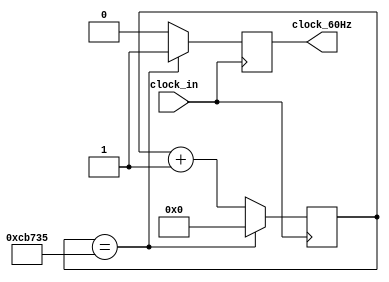
module clock_60Hz #(parameter CLOCK_FREQUENCY = 50000000) (input clock_in, output reg clock_60Hz);
	reg [$clog2(CLOCK_FREQUENCY)-1:0] counter;
	localparam flag0 = 0 * 833333;   // 0 * 833333.3
	localparam flag1 = 1 * 833333;   // 1 * 833333.3
	localparam flag2 = 2 * 833333;   // 2 * 833333.3
	localparam flag3 = 3 * 833333+1; // 3 * 833333.3
	localparam flag4 = 4 * 833333+1; // 4 * 833333.3
	localparam flag5 = 5 * 833333+1; // 5 * 833333.3
	localparam flag6 = 6 * 833333+2; // 6 * 833333.3
	localparam flag7 = 7 * 833333+2; // 7 * 833333.3
	localparam flag8 = 8 * 833333+2; // 8 * 833333.3
	localparam flag9 = 9 * 833333+3; // 9 * 833333.3
	localparam flag10= 10* 833333+3; // 10* 833333.3
	localparam flag11= 11* 833333+3; // 11* 833333.3
	localparam flag12= 12* 833333+4; // 12* 833333.3
	localparam flag13= 13* 833333+4; // 13* 833333.3
	localparam flag14= 14* 833333+4; // 14* 833333.3
	localparam flag15= 15* 833333+5; // 15* 833333.3
	localparam flag16= 16* 833333+5; // 16* 833333.3
	localparam flag17= 17* 833333+5; // 17* 833333.3
	localparam flag18= 18* 833333+6; // 18* 833333.3
	localparam flag19= 19* 833333+6; // 19* 833333.3
	localparam flag20= 20* 833333+6; // 20* 833333.3
	localparam flag21= 21* 833333+7; // 21* 833333.3
	localparam flag22= 22* 833333+7; // 22* 833333.3
	localparam flag23= 23* 833333+7; // 23* 833333.3
	localparam flag24= 24* 833333+8; // 24* 833333.3
	localparam flag25= 25* 833333+8; // 25* 833333.3
	localparam flag26= 26* 833333+8; // 26* 833333.3
	localparam flag27= 27* 833333+9; // 27* 833333.3
	localparam flag28= 28* 833333+9; // 28* 833333.3
	localparam flag29= 29* 833333+9; // 29* 833333.3
	localparam flag30= 30* 833333+10; // 30* 833333.3
	localparam flag31= 31* 833333+10; // 31* 833333.3
	localparam flag32= 32* 833333+10; // 32* 833333.3
	localparam flag33= 33* 833333+11; // 33* 833333.3
	localparam flag34= 34* 833333+11; // 34* 833333.3
	localparam flag35= 35* 833333+11; // 35* 833333.3
	localparam flag36= 36* 833333+12; // 36* 833333.3
	localparam flag37= 37* 833333+12; // 37* 833333.3
	localparam flag38= 38* 833333+12; // 38* 833333.3
	localparam flag39= 39* 833333+13; // 39* 833333.3
	localparam flag40= 40* 833333+13; // 40* 833333.3
	localparam flag41= 41* 833333+13; // 41* 833333.3
	localparam flag42= 42* 833333+14; // 42* 833333.3
	localparam flag43= 43* 833333+14; // 43* 833333.3
	localparam flag44= 44* 833333+14; // 44* 833333.3
	localparam flag45= 45* 833333+15; // 45* 833333.3
	localparam flag46= 46* 833333+15; // 46* 833333.3
	localparam flag47= 47* 833333+15; // 47* 833333.3
	localparam flag48= 48* 833333+16; // 48* 833333.3
	localparam flag49= 49* 833333+16; // 49* 833333.3
	localparam flag50= 50* 833333+16; // 20* 833333.3
	localparam flag51= 51* 833333+17; // 51* 833333.3
	localparam flag52= 52* 833333+17; // 52* 833333.3
	localparam flag53= 53* 833333+17; // 53* 833333.3
	localparam flag54= 54* 833333+18; // 54* 833333.3
	localparam flag55= 55* 833333+18; // 55* 833333.3
	localparam flag56= 56* 833333+18; // 56* 833333.3
	localparam flag57= 57* 833333+19; // 57* 833333.3
	localparam flag58= 58* 833333+19; // 58* 833333.3
	localparam flag59= 59* 833333+19; // 59* 833333.3 
	initial begin
		counter <= 0;
		clock_60Hz <= 0;
	end
	always@(posedge clock_in) begin
		counter <= counter + 1;
		clock_60Hz <= 0;
		// if (counter == flag0  ||
		// 	counter == flag1  ||
		// 	counter == flag2  ||
		// 	counter == flag3  ||
		// 	counter == flag4  ||
		// 	counter == flag5  ||
		// 	counter == flag6  ||
		// 	counter == flag7  ||
		// 	counter == flag8  ||
		// 	counter == flag9  ||
		// 	counter == flag10 ||
		// 	counter == flag11 ||
		// 	counter == flag12 ||
		// 	counter == flag13 ||
		// 	counter == flag14 ||
		// 	counter == flag15 ||
		// 	counter == flag16 ||
		// 	counter == flag17 ||
		// 	counter == flag18 ||
		// 	counter == flag19 ||
		// 	counter == flag20 ||
		// 	counter == flag21 ||
		// 	counter == flag22 ||
		// 	counter == flag23 ||
		// 	counter == flag24 ||
		// 	counter == flag25 ||
		// 	counter == flag26 ||
		// 	counter == flag27 ||
		// 	counter == flag28 ||
		// 	counter == flag29 ||
		// 	counter == flag30 ||
		// 	counter == flag31 ||
		// 	counter == flag32 ||
		// 	counter == flag33 ||
		// 	counter == flag34 ||
		// 	counter == flag35 ||
		// 	counter == flag36 ||
		// 	counter == flag37 ||
		// 	counter == flag38 ||
		// 	counter == flag39 ||
		// 	counter == flag40 ||
		// 	counter == flag41 ||
		// 	counter == flag42 ||
		// 	counter == flag43 ||
		// 	counter == flag44 ||
		// 	counter == flag45 ||
		// 	counter == flag46 ||
		// 	counter == flag47 ||
		// 	counter == flag48 ||
		// 	counter == flag49 ||
		// 	counter == flag50 ||
		// 	counter == flag51 ||
		// 	counter == flag52 ||
		// 	counter == flag53 ||
		// 	counter == flag54 ||
		// 	counter == flag55 ||
		// 	counter == flag56 ||
		// 	counter == flag57 ||
		// 	counter == flag58 ||
		// 	counter == flag59
		// )
		// 	clock_60Hz <= 1;
		// if (counter == CLOCK_FREQUENCY - 1)
		// 	counter <= 0;
		// if (counter == CLOCK_FREQUENCY/60) begin // divide by 60 to get 60 hz updates
		// 	counter <= 0;
		// 	clock_60Hz <= 1;
		// end
		if (counter == CLOCK_FREQUENCY/60) begin // divide by 60 to get 60 hz updates
			counter <= 0;
			clock_60Hz <= 1;
		end
	end
endmodule